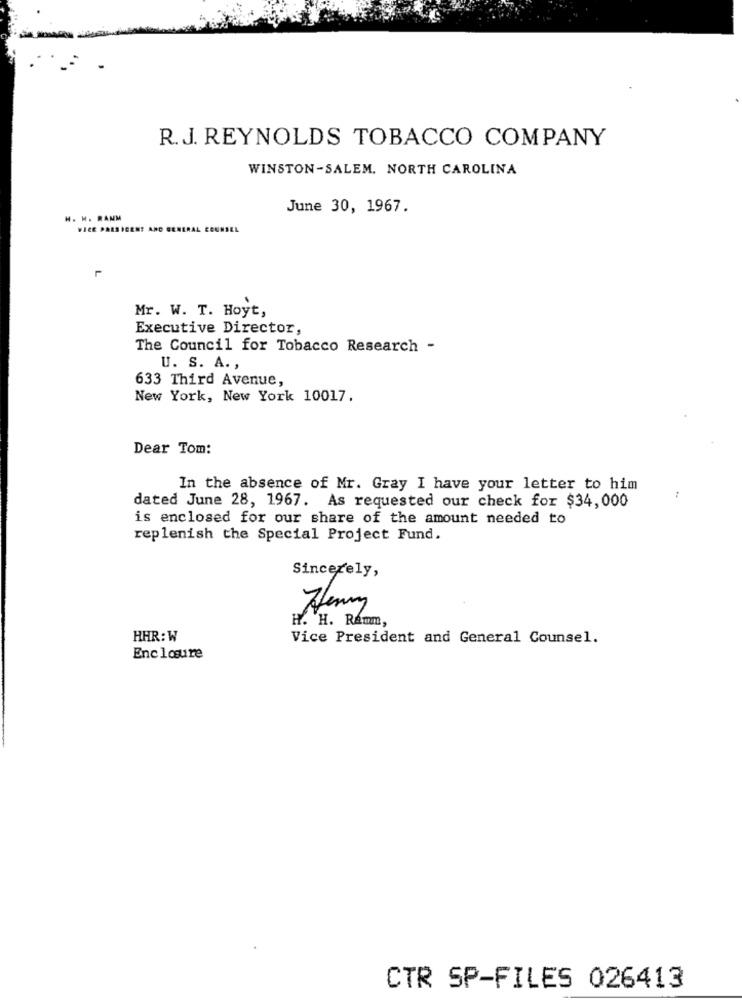
R. J. REYNOLDS TOBACCO COMPANY
WINSTON-SALEM. NORTH CAROLINA
June 30, 1967.
H. H. RANM
WICE PRESSGENT
Mr. W. T. Hoyt,
Executive Director,
The Council for Tobacco Research -
U. S. A. ,
633 Third Avenue,
New York, New York 10017.
Dear Tom:
In the absence of Mr. Gray I have your letter to him
dated June 28, 1967. As requested our check for $34,000
is enclosed for our share of the amount needed to
replenish the Special Project Fund.
Sincerely,
H. H. Ramm,
HHR: W
Vice President and General Counsel.
Enclosure
CTR SP-FILES 026413